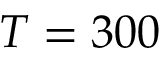
T = 3 0 0